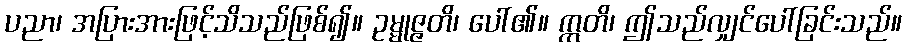
ပညာ၊ အပြားအားဖြင့်သိသည်ဖြစ်၍။ ဥမ္မုဇ္ဇတိ၊ ပေါ်၏။ ဣတိ၊ ဤသည်လျှင်ပေါ်ခြင်းသည်။